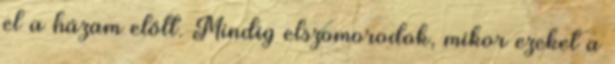
el a házam előtt. Mindig elszomorodok, mikor ezeket a